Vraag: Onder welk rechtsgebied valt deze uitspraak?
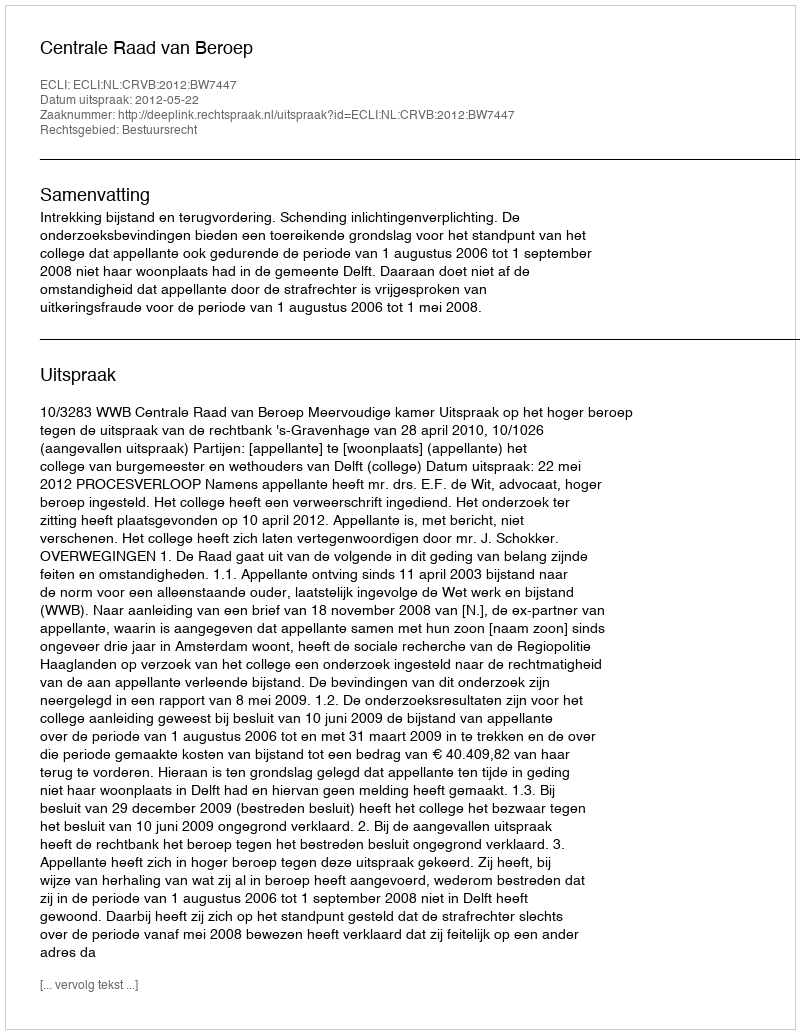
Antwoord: Bestuursrecht